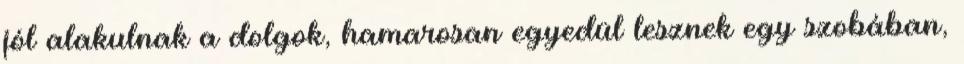
jól alakulnak a dolgok, hamarosan egyedül lesznek egy szobában,